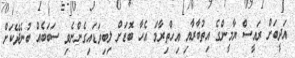
އަދީބަށް ރައީސް ޔާމީންގެ އިތުބާރާއި އިހްތިރާމް އެހާ ބޮޑަށް ލިބިވަޑައިގެންނެވި ސަބަބެއް ބުނެދޭކަށް